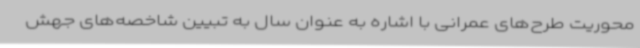
محوریت طرح‌های عمرانی با اشاره به عنوان سال به تبیین شاخصه‌های جهش